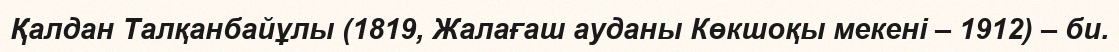
Қалдан Талқанбайұлы (1819, Жалағаш ауданы Көкшоқы мекені – 1912) – би.